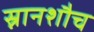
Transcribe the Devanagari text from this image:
स्नानशौच